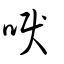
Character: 唳